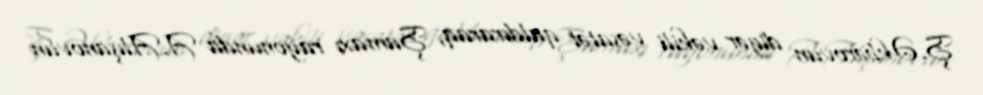
Ş.Əkbərovun digər vəkili vəsatət qaldıraraq, Şamaxı rayonunda A.Alışanovun